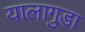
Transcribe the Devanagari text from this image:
यालागुडा